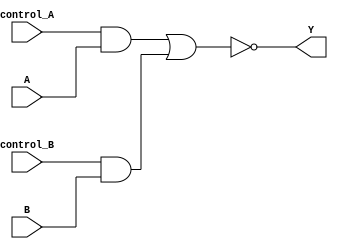
module XOR_gate(input A, input B, input control_A, input control_B, output Y);

wire not_A, not_B;

assign not_A = ~A;
assign not_B = ~B;

assign Y = ~(control_A & A | control_B & B);

endmodule